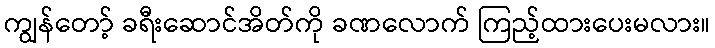
ကျွန်တော့် ခရီးဆောင်အိတ်ကို ခဏလောက် ကြည့်ထားပေးမလား။